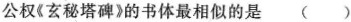
公权《玄秘塔碑》的书体最相似的是( )